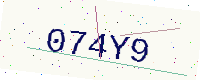
Text: 074Y9